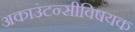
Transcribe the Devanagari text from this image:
अकाउंटन्सीविषयक